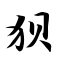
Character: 狈